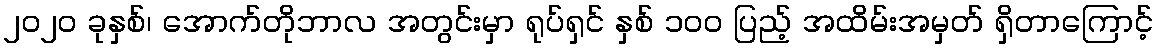
၂၀၂၀ ခုနှစ်၊ အောက်တိုဘာလ အတွင်းမှာ ရုပ်ရှင် နှစ် ၁၀၀ ပြည့် အထိမ်းအမှတ် ရှိတာကြောင့်